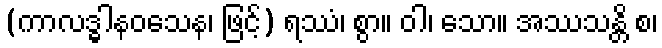
(ကာလဒ္ဓါနဝသေန၊ ဖြင့်) ရဿံ၊ စွာ။ ဝါ၊ သော။ အဿသန္တိ စ၊